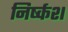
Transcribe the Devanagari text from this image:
निर्ष्कश